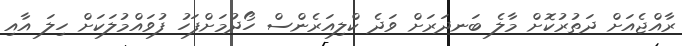
ރާއްޖެއަށް ދަތުރުކޮށް މާލެ ބަނދަރަށް ވަދެ ކްލިއަރެންސް ހޯދުމަށްފަހު ފުވައްމުލަކަށް ހިލަ އާއި